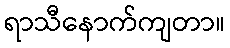
ရာသီနောက်ကျတာ။